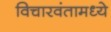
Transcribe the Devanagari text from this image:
विचारवंतामध्ये